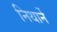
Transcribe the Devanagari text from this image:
निथार्ने